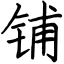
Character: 铺